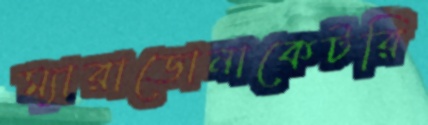
ম্যারাডোনাকেটরি